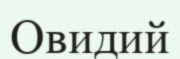
Овидий